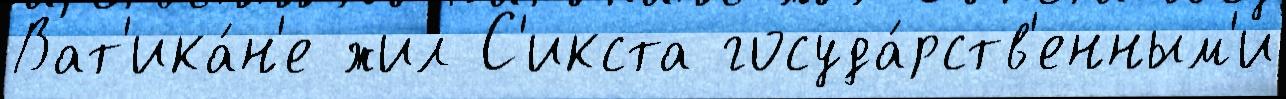
Ват'ика́н'е жил С'икста госуда́рств'енным'и